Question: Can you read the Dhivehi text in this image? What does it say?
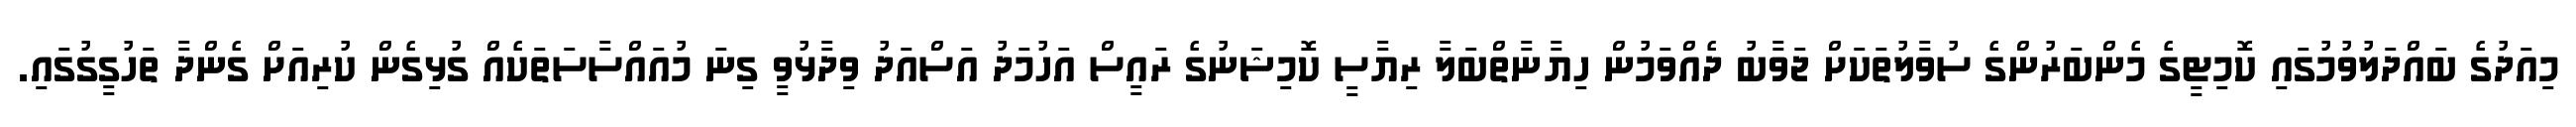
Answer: މިއަދުގެ ބައްދަލުވުމުގައި ކޮމިޓީގެ މެންބަރުންގެ ސުވާލުތަކަށް ޖަވާބު ދެއްވަމުން ހިޔާނާތްބަލާ ރިޔާސީ ކޮމިޝަނުގެ ރައީސް އަހުމަދު އަސްއަދު ވިދާޅުވީ ގިނަ މުއައްސާސަތަކެއް ގުޅިގެން ކުރިއަށް ގެންދާ ތަހުގީގުގައި.